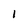
Character: 1